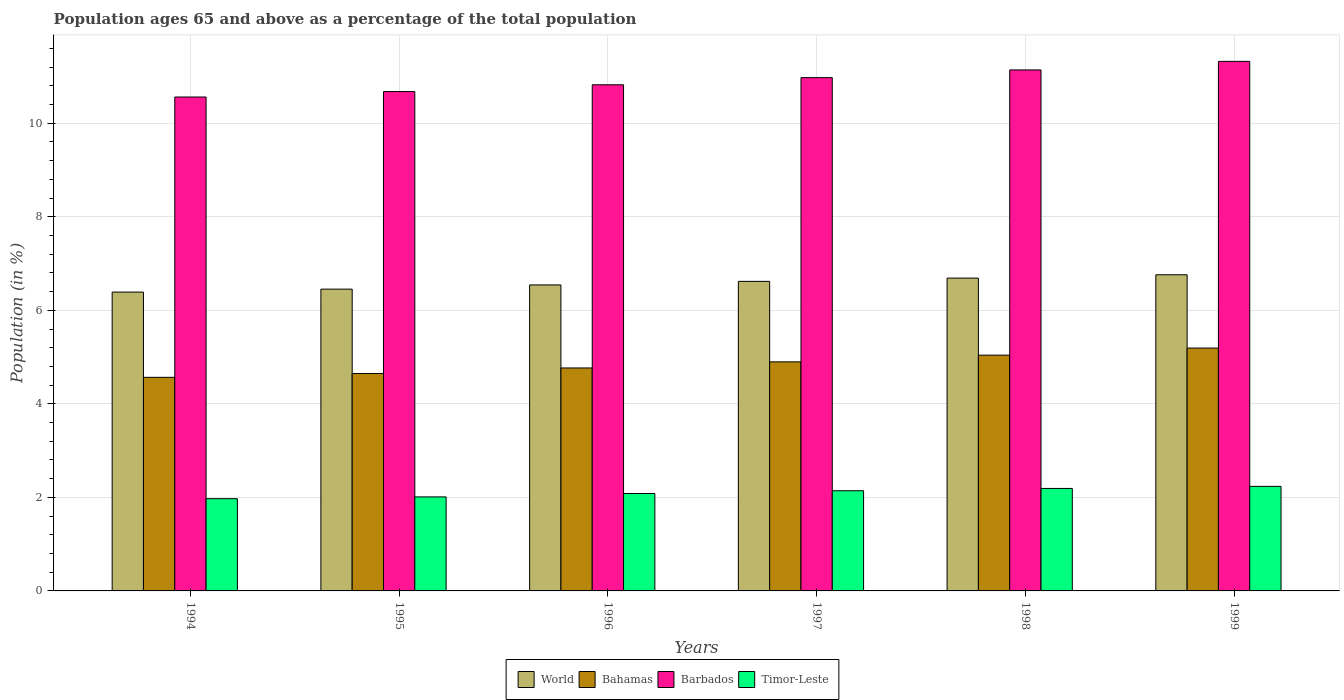
| Years | World | Bahamas | Barbados | Timor-Leste |
 | --- | --- | --- | --- | --- |
 | 1994 | 6.39 | 4.57 | 10.6 | 1.97 |
 | 1995 | 6.45 | 4.65 | 10.7 | 2.01 |
 | 1996 | 6.54 | 4.77 | 10.8 | 2.08 |
 | 1997 | 6.62 | 4.9 | 11 | 2.14 |
 | 1998 | 6.69 | 5.04 | 11.1 | 2.19 |
 | 1999 | 6.76 | 5.19 | 11.3 | 2.24 |